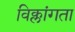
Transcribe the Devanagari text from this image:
विक्लांगता